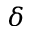
\delta